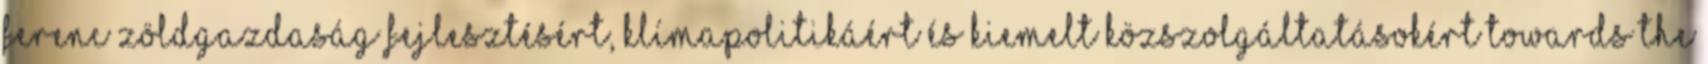
Ferenc Zöldgazdaság fejlesztésért, klímapolitikáért és kiemelt közszolgáltatásokért Towards the